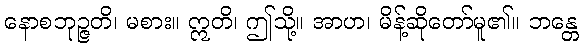
နောစဘုဉ္ဇတိ၊ မစား။ ဣတိ၊ ဤသို့။ အာဟ၊ မိန့်ဆိုတော်မူ၏။ ဘန္တေ